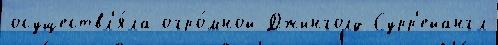
осуществл'я́ла огро́мной Джинголд Сурр'ейангл